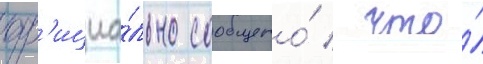
оф'ициа́льно сообщено́ / что́